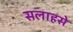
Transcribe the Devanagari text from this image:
सलाहसे